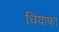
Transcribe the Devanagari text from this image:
धियाफा